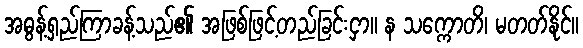
အဓွန့်ရှည်ကြာခန့်သည်၏ အဖြစ်ဖြင့်တည်ခြင်းငှာ။ န သက္ကောတိ၊ မတတ်နိုင်။